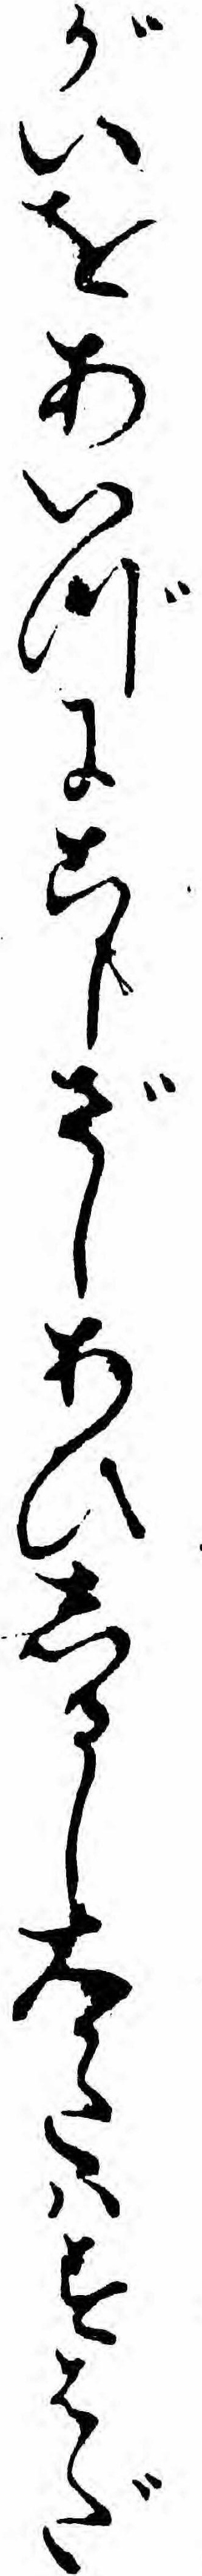
がいをあいづにこしざしあひしるし大かたハすはだ